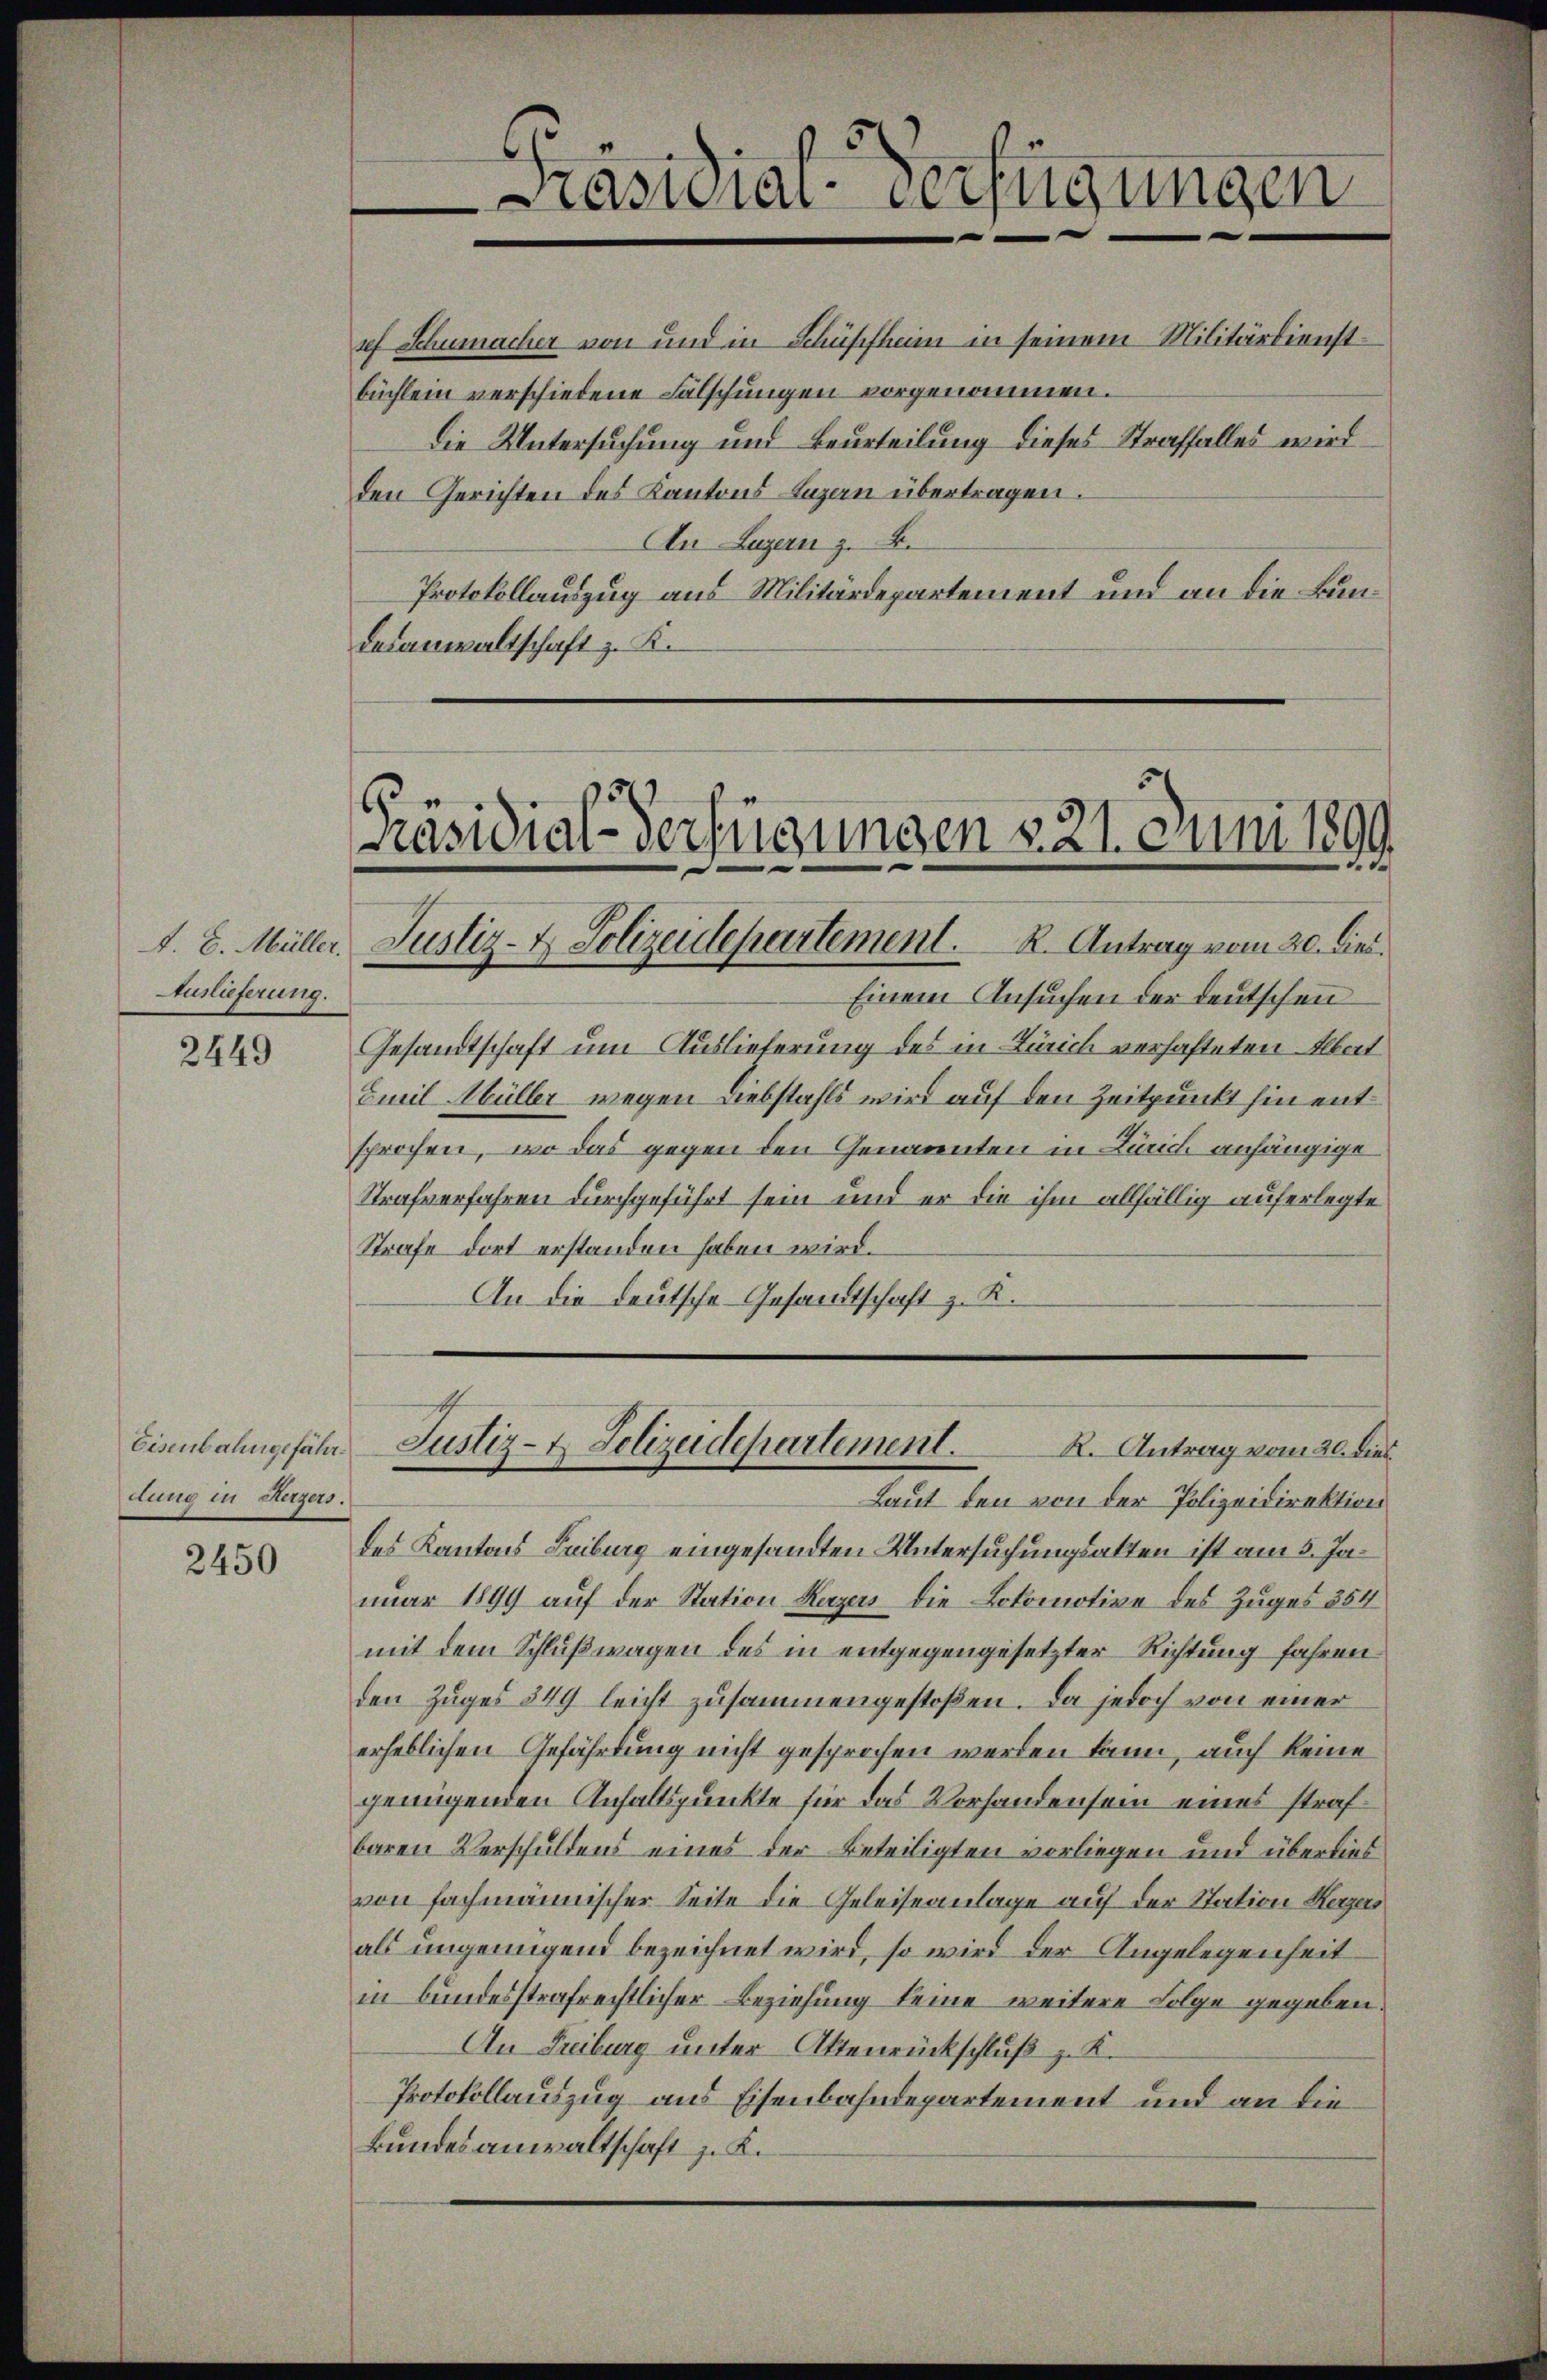
A. E. Müller.
Auslieferung.

2449

Eisenbahngefährdung in Herzers.

2450

sef Schumacher von und in Schüpfheim in seinem Militärdienstbüchlein verschiedene Fälschungen vorgenommen.
Die Untersuchung und Beurteilung dieses Straffalles wird
den Gerichten des Kantons Luzern übertragen.
An Luzern z. B.
Protokollauszug aus Militärdepartement und an die Bundesanwaltschaft z. K.

Prasnien verfügungen

Präsidial-Verfügungen 221. Juni 1899
Justiz- & Polizeidepartement. R. Antrag vom 20. dies.

Einem Ansuchen der deutschen
Gesandtschaft um Auslieferung des in Zürich verhafteten Albert
Emil Müller wegen Diebstahls wird auf den Zeitpunkt hin entsprochen, wo das gegen den Genannten in Zürich anhängige
Strafverfahren durchgeführt sein und er die ihm allfällig auferlegte
Strafe dort erstanden haben wird.
An die Deutsche Gesandtschaft z. R.

Justiz- & Polizeidepartement.

R. Antrag vom 20. dies
Laut den von der Polizeidirektion
des Kantons Leiburg eingesandten Untersuchungsakten ist am 5. Januar 1899 auf der Station Kurzers die Lokomotive des Zuges 354
mit dem Schlußwagen des in entgegengesetzter Richtung fahren
den Zuges 349 leicht zusammengestoßen. Da jedoch von einer
erheblichen Gefährdung nicht gesprochen werden kann, auch keine
genügenden Anhaltspunkte für das Vorhanden sein eines strafbaren Verschuldens eines der Beteiligten vorliegen und überdies
von fachmannischer Seite die Geleiseanlage auf der Station Herzers
als ungenügend bezeichnet wird, so wird der Angelegenheit
in bundesstrafrechtlicher Beziehung keine weitere Folge gegeben.
An Freiburg unter Aktenrückschluß z. K.
Protokollauszug aus Eisenbahndepartement und an die
Bundesanwaltschaft z. K.